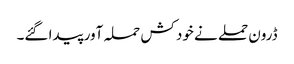
ڈرون حملے نے خود کش حملہ آور پیدا گئے۔